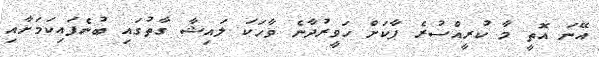
އޭނަ އޮތީ މާ ކުރީއްސުރެ ޕާކަށް ހަވީރުދާނެ ވާހަކަ ލައިޝާ ގާތުގައި ބުނެފައިކަމަށާއި